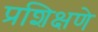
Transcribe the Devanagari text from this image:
प्रशिक्षणे